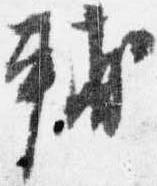
輔